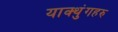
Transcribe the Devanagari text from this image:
याक्थुंगहरु